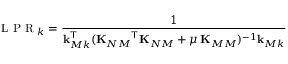
\mathrm { ~ L ~ P ~ R ~ } _ { k } = \frac { 1 } { \mathbf { k } _ { M k } ^ { \sf T } ( { { \mathbf { K } _ { N M } } ^ { \sf T } } \mathbf { K } _ { N M } + \mu \, \mathbf { K } _ { M M } ) ^ { - 1 } \mathbf { k } _ { M k } }